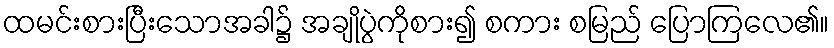
ထမင်းစားပြီးသောအခါ၌ အချိုပွဲကိုစား၍ စကား စမြည် ပြောကြလေ၏။